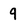
Character: 9